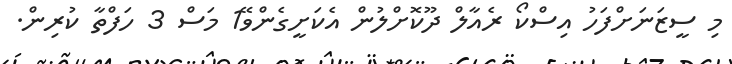
މި ސީޒަނަށްފަހު އިސްކޯ ރެއާލް ދޫކޮށްލުން އެކަށީގެންވޭ1 މަސް 3 ހަފްތާ ކުރިން.